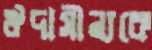
ঔদাসীন্যকে